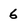
Character: 6